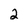
Character: 2